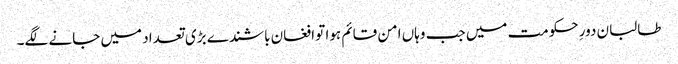
طالبان دورِ حکومت میں جب وہاں امن قائم ہوا تو افغان باشندے بڑی تعداد میں جانے لگے۔